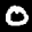
Label: 0